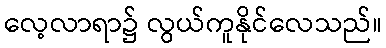
လေ့လာရာ၌ လွယ်ကူနိုင်လေသည်။